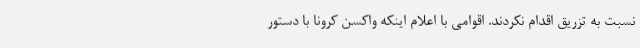
نسبت به تزریق اقدام نکردند. اقوامی با اعلام اینکه واکسن کرونا با دستور